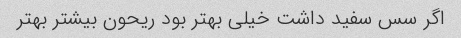
اگر سس سفید داشت خیلی بهتر بود ریحون بیشتر بهتر